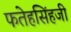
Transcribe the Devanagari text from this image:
फतेहसिंहजी